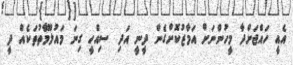
އެއީ ހައްޖަށްދާ މީހުންނަށް އަމާޒުކޮށްގެން ދީނީ އަދި ސިއްހީ ގިނަ މައުލޫމާތުތަކެއް ދީ